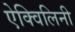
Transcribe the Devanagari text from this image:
ऐक्विलिनी